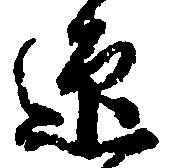
迎